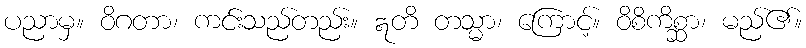
ပညာမှ။ ဝိဂတာ၊ ကင်းသည်တည်း။ ဣတိ တသ္မာ၊ ကြောင့်။ ဝိစိကိစ္ဆာ၊ မည်၏။